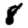
Digit: 8